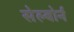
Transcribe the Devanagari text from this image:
सेल्बोर्न